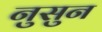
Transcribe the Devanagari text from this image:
नुसुन